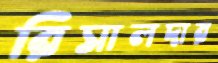
রিসালদার